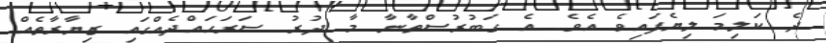
ދެ ކަލިމަ ލިޔެފައިވެ އެވެ. އެ ގަބުރުސްތާނާ މާ ދުރު ސަރަހައްދެއްގައި ޒިޔާރާތެއް